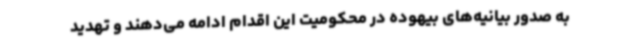
به صدور بیانیه‌های بیهوده در محکومیت این اقدام ادامه می‌دهند و تهدید